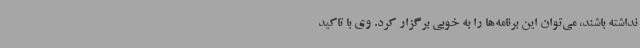
نداشته باشند، می‌توان این برنامه‌ها را به خوبی برگزار کرد. وی با تاکید